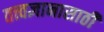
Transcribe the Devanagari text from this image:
तत्त्वज्ञानासाठी